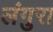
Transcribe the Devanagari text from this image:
लंगुरा